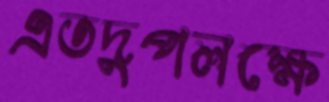
এতদুপলক্ষে